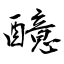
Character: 醷